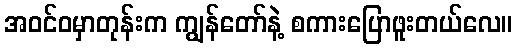
အဝင်ဝမှာတုန်းက ကျွန်တော်နဲ့ စကားပြောဖူးတယ်လေ။